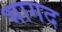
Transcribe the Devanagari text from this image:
भागद